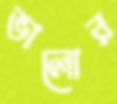
ভালোর